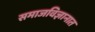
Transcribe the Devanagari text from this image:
समाजविज्ञानात